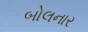
બોલનાર